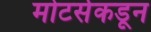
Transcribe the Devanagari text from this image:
मोटर्सकडून